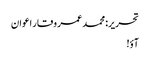
تحریر: محمد عمر وقار اعوان
آؤ!